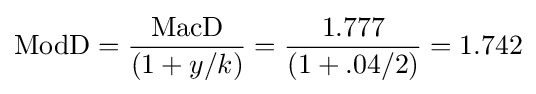
{\text{ModD}}={\frac {\text{MacD}}{(1+y/k)}}={\frac {1.777}{(1+.04/2)}}=1.742